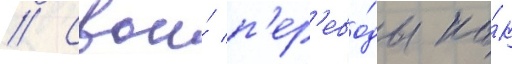
// Свои́ п'ер'ево́ды ка́к